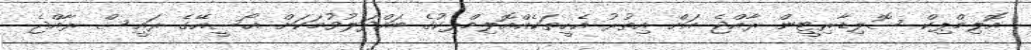
އޮލިމްޕިކް ސޮލިޑާރިޓީން ރާއްޖެ އަށް އިތުރު އެހީތަކެއްއޮލިމްޕިކުގެ ބައްދަލުވުމަކަށް އޯސީއޭގެ ރައީސް ރާއްޖެ